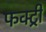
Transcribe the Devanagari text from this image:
फक्ट्री